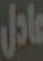
عادل